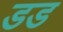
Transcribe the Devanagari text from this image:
डड